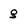
Character: g